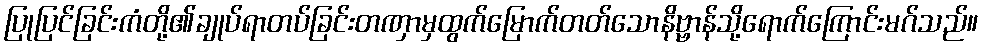
ပြုပြင်ခြင်းကံတို့၏ချုပ်ရာတပ်ခြင်းတဏှာမှထွက်မြောက်တတ်သောနိဗ္ဗာန်သို့ရောက်ကြောင်းမဂ်သည်။